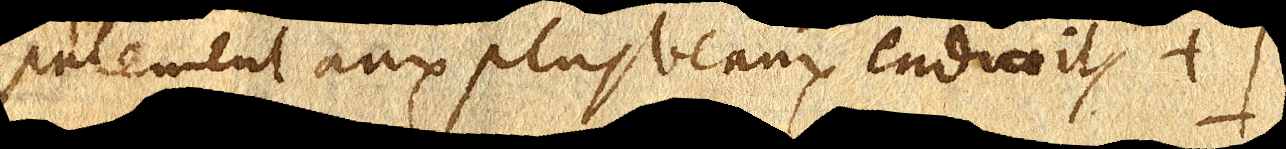
palement aux plus beaux endroits +]